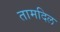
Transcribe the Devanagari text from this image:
तामदिल